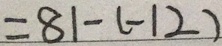
= 8 1 - ( - 1 2 )